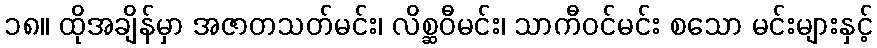
၁၈။ ထိုအချိန်မှာ အဇာတသတ်မင်း၊ လိစ္ဆဝီမင်း၊ သာကီဝင်မင်း စသော မင်းများနှင့်